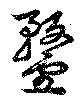
鍪